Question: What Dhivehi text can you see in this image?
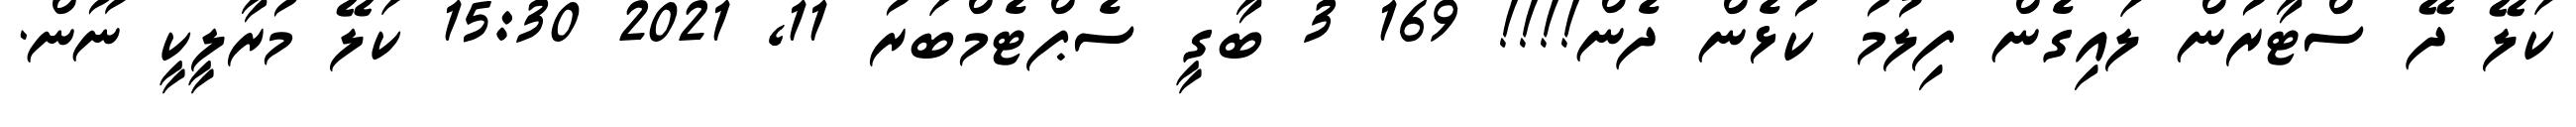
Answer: ކަލޭ ދޭ ސްޓާރުން ލައިގެން ފިލުމު ކުޅެން ދެން!!!! 169 3 ބާގީ ސެޕްޓެމްބަރު 11, 2021 15:30 ކަލޭ މުރާލީކީ ނޫން.